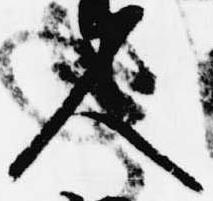
人